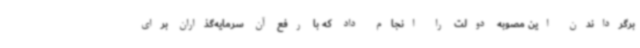
برگرداندن این مصوبه دولت را انجام داد که با رفع آن سرمایه‌گذاران برای